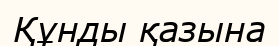
Құнды қазына